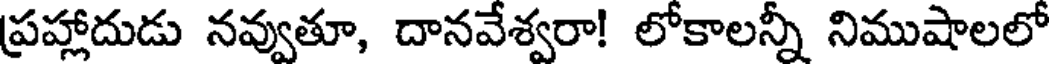
ప్రహ్లాదుడు నవ్వుతూ, దానవేశ్వరా! లోకాలన్నీ నిముషాలలో